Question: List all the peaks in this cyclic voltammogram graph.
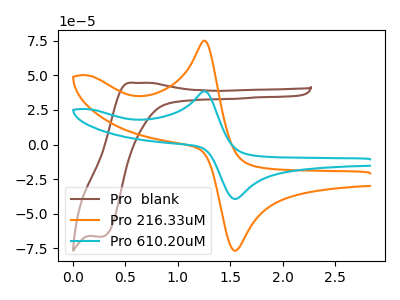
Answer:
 <answer>The brown curve "Pro  blank" has an anodic peak at (0.60V, 44.60uA) and a cathodic peak at (0.30V, -66.60uA). The orange curve "Pro 216.33uM" has an anodic peak at (1.25V, 75.10uA) and a cathodic peak at (1.55V, -76.65uA). The cyan curve "Pro 610.20uM" has an anodic peak at (1.25V, 38.50uA) and a cathodic peak at (1.55V, -39.30uA).</answer>
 <eval></eval>